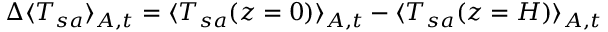
\Delta \langle T _ { s a } \rangle _ { A , t } = \langle T _ { s a } ( z = 0 ) \rangle _ { A , t } - \langle T _ { s a } ( z = H ) \rangle _ { A , t }